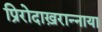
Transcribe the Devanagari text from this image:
प्रिरोदाख़रान्नाया